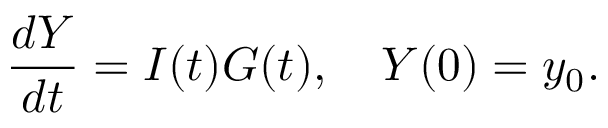
\frac { d Y } { d t } = I ( t ) G ( t ) , \quad Y ( 0 ) = y _ { 0 } .